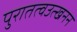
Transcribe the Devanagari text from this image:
पुरातत्वउत्खनन